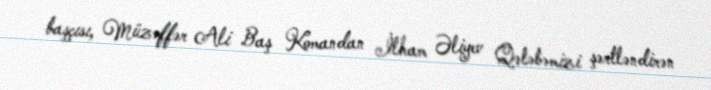
başçısı, Müzəffər Ali Baş Komandan İlham Əliyev Qələbəmizi şərtləndirən